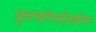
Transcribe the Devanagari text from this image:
फुटबॉलदेखील